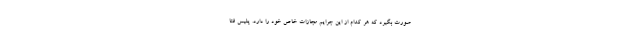
صورت بگیرد که هر کدام از این جرایم مجازات خاص خود را دارد. پلیس فتا